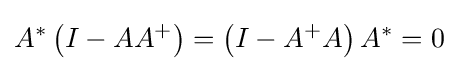
A^{*}\left(I-AA^{+}\right)=\left(I-A^{+}A\right)A^{*}=0